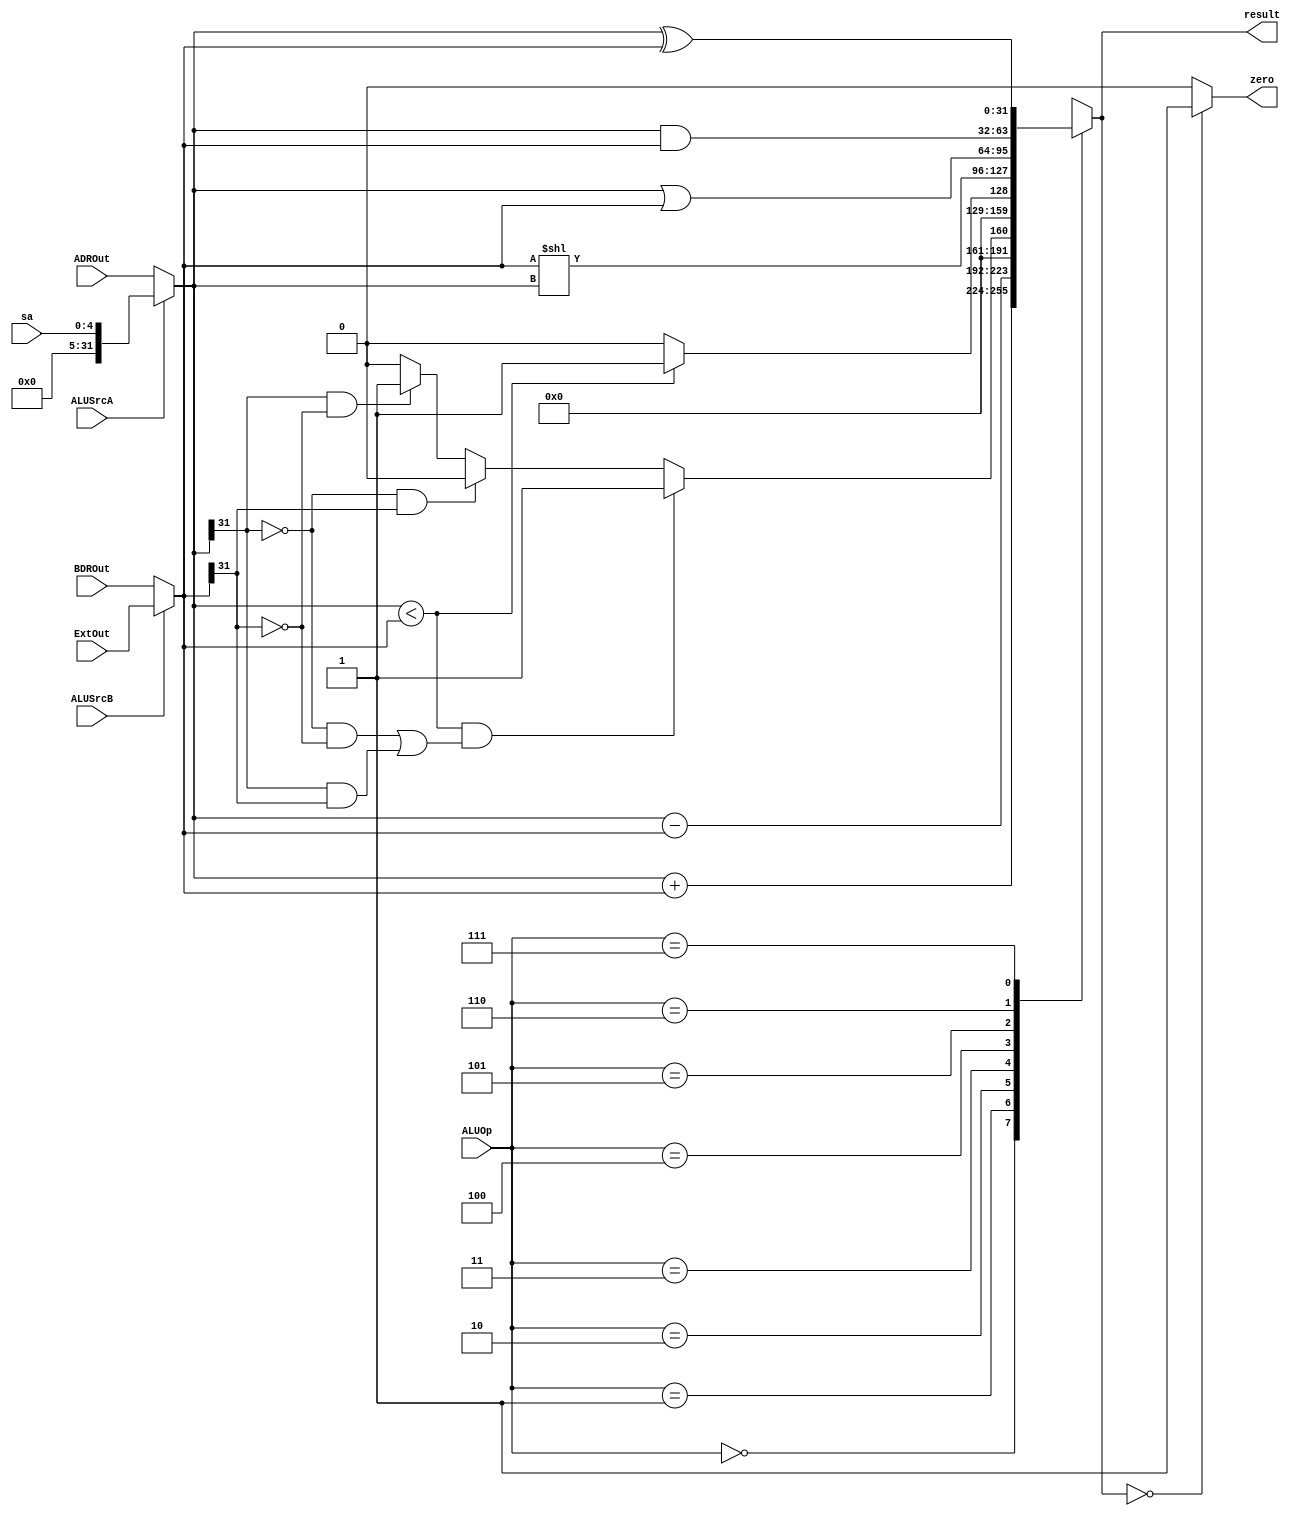
`timescale 1ns / 1ps
//////////////////////////////////////////////////////////////////////////////////
// Company: 
// Engineer:  
// 
// Design Name: 
// Module Name: ALU
// Project Name: 
// Target Devices: 
// Tool Versions: 
// Description: 
// 
// Dependencies: 
// 
// Revision:
// Revision 0.01 - File Created
// Additional Comments:
// 
//////////////////////////////////////////////////////////////////////////////////


module ALU(
	input ALUSrcA, 
	input ALUSrcB, 
	input [2:0] ALUOp, 
	input [31:0] ADROut, 
	input [4:0] sa, 
	input [31:0] BDROut, 
	input [31:0] ExtOut, 
	output reg zero, 
	output reg [31:0] result
	);
    
    wire [31:0] ALUa;
    wire [31:0] ALUb;
    assign ALUa = (ALUSrcA == 0) ? ADROut : sa;
    assign ALUb = (ALUSrcB == 0) ? BDROut : ExtOut;
    always@(ALUOp or ALUa or ALUb or ALUSrcA or ALUSrcB) begin
        case(ALUOp)
            3'b000: begin
                result = ALUa + ALUb;
            end
            3'b001: begin
                result = ALUa - ALUb;
            end
            3'b010: begin 
                if (ALUa < ALUb && ((ALUa[31] == 0 && ALUb[31] == 0) || (ALUa[31] == 1 && ALUb[31] == 1)))
                    result = 1;
                else if (ALUa[31] == 0 && ALUb[31] == 1)
                    result = 0;
                else if (ALUa[31] == 1 && ALUb[31] == 0)
                    result = 1;
                else
                    result = 0;
            end
            3'b011: begin
                result = (ALUa < ALUb) ? 1 : 0;
            end
            3'b100: begin
                result = ALUb << ALUa;
            end
            3'b101: begin
                result = ALUa | ALUb;
            end
            3'b110: begin
                result = ALUa & ALUb;
            end
            3'b111: begin
                result = ALUa ^ ALUb;
            end
        endcase
         zero = (result == 0) ? 1 : 0;
    end
endmodule